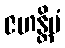
ဇဟန္တိမံ